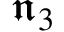
{ \mathfrak { n } } _ { 3 }